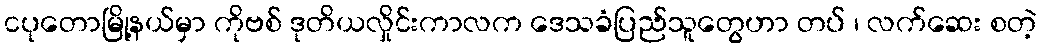
ငပုတောမြို့နယ်မှာ ကိုဗစ် ဒုတိယလှိုင်းကာလက ဒေသခံပြည်သူတွေဟာ တပ် ၊ လက်ဆေး စတဲ့